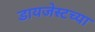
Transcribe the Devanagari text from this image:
डायजेस्टच्या